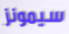
سيمونز